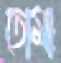
তোমা